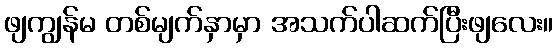
ဖျကျွန်မ တစ်မျက်နှာမှာ အသက်ပါဆက်ပြီးဖျလေး။